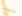
بنيته